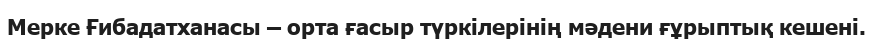
Мерке Ғибадатханасы – орта ғасыр түркілерінің мәдени ғұрыптық кешені.